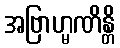
အဗြာဟ္မဏိန္တိ